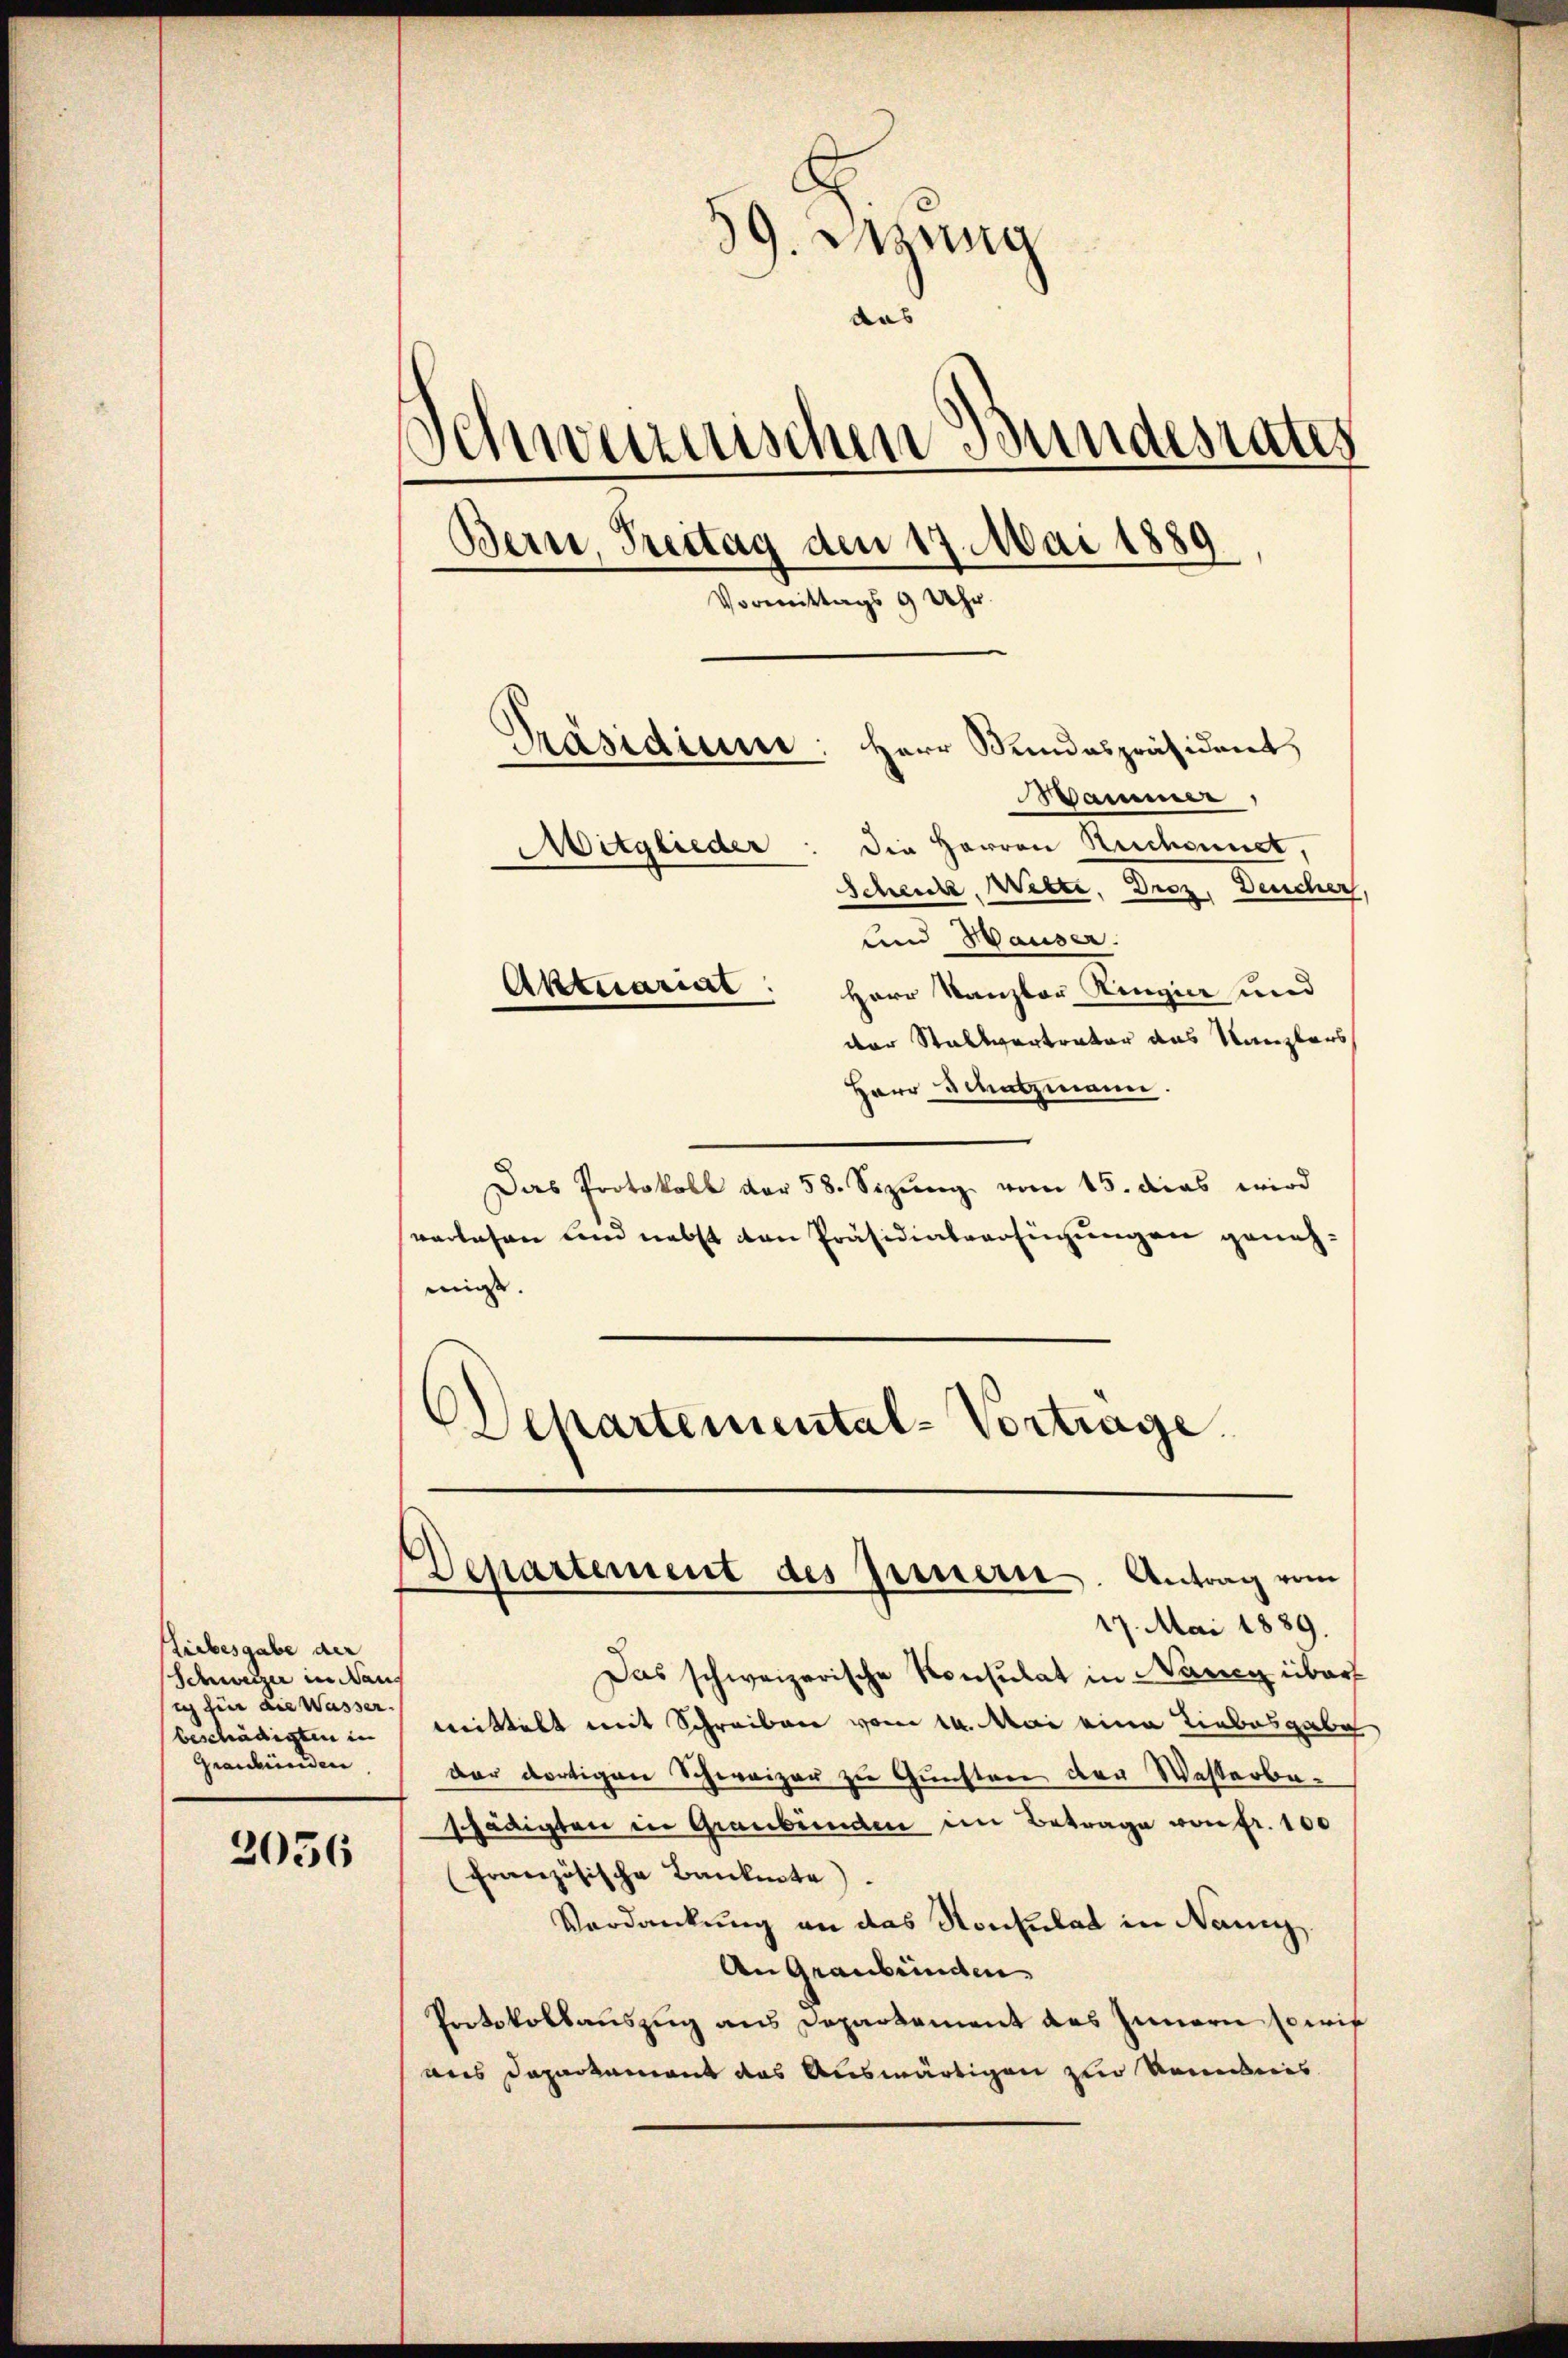
Liebesgabe der
Schweizer in dans
ich für die Wasser.
beschädigten in |
Graubünden

2056

39. Mang
das
Schweizerischen Bundesrates
Bern, Prettag den 17. Mai 1889
Vormittags 9 Uhr.
Präsidium: Herr Mindespräsident,
Mammer
Die Herren Rechannet,
Mitglieder
Schenke, Wilte, Droz, Deucher,
und Hauser.
Aktuariat: Herr Kanzler Ringier und

der Stallvertrateur das Kanzlers
Herr Schatzmann.
Das Protokoll der 58. Sizung vom 15. dies wird
verlesen und nebst den Präsidialverfügungen genehmigst
DDepartemental-Vortrage.

Departement des Innern. Antrag vom
17. Mai 1889.

Das schweizerische Konsulat in Nancy über
mittelt mit Schreiben vom 14. Mai eine Liebesgabe
dar dortigen Schweizer zu Gunsten der Westerbe-
schädigten in Graubünden im Betrage von fr. 100
Französische Banknote).
Verdankung an das Konsulat in Nani.
An Graubünden
Protokollauszug aus Departement des Innern sowie
aus Departement das Auswärtigen zur Nominis